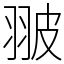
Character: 翍